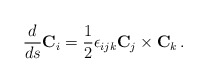
\begin{align*}\frac{d}{ds}{\bf C}_i= \frac{1}{2}\epsilon_{ijk}{\bf C}_j\times {\bf C}_k \, .\end{align*}